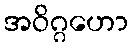
အဝိဂ္ဂဟော